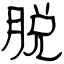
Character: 脱